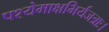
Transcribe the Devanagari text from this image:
पश्येमाक्षभिर्यजत्राः।